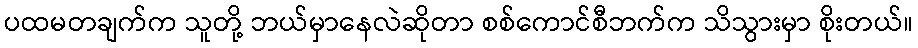
ပထမတချက်က သူတို့ ဘယ်မှာနေလဲဆိုတာ စစ်ကောင်စီဘက်က သိသွားမှာ စိုးတယ်။